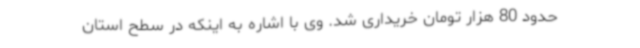
حدود 80 هزار تومان خریداری شد. وی با اشاره به اینکه در سطح استان